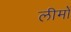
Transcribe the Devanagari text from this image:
लीमों